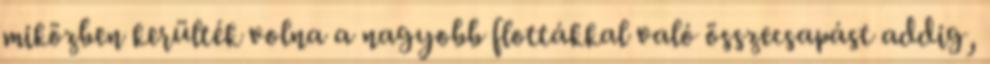
miközben kerülték volna a nagyobb flottákkal való összecsapást addig,